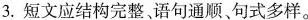
3.短文应结构完整。语句通顺句式多样。